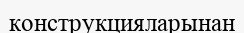
конструкцияларынан